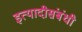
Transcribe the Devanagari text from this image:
इत्यादीसंबंधी